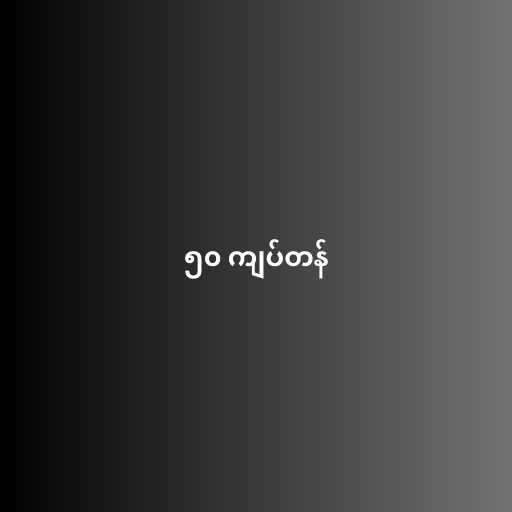
၅၀ ကျပ်တန်